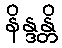
နိန္ဒန္တိ